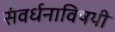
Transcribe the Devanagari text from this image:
संवर्धनाविषयी